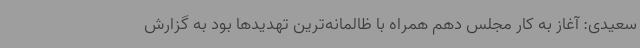
سعیدی: آغاز به کار مجلس دهم همراه با ظالمانه‌ترین تهدیدها بود به گزارش